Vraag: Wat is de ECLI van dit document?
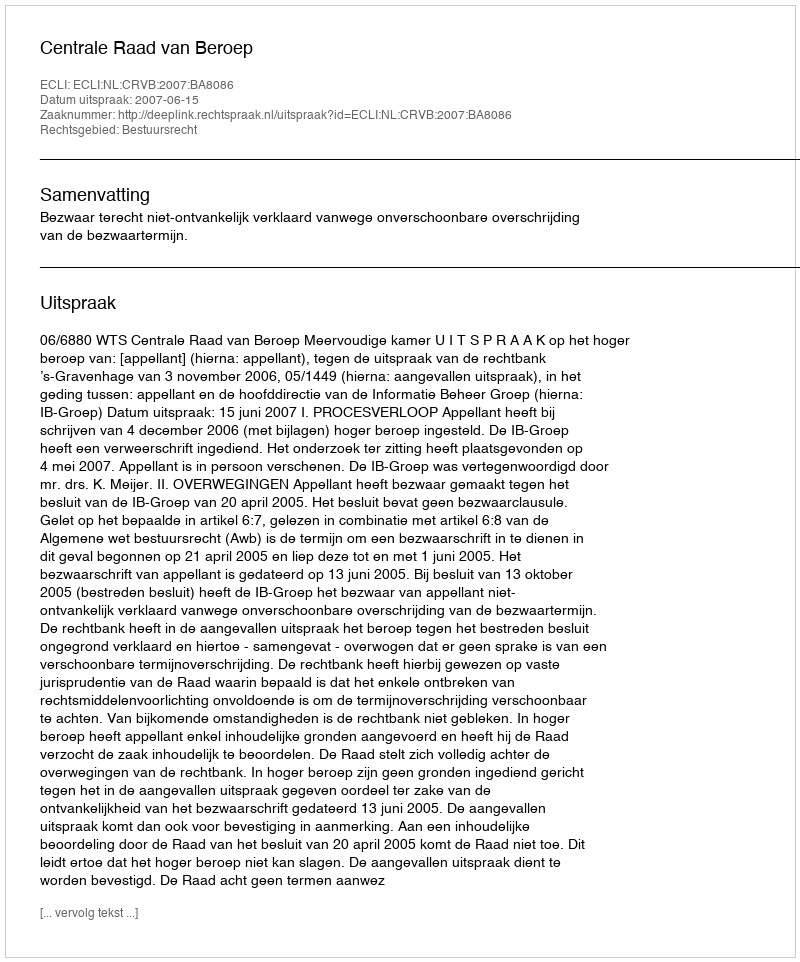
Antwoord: ECLI:NL:CRVB:2007:BA8086